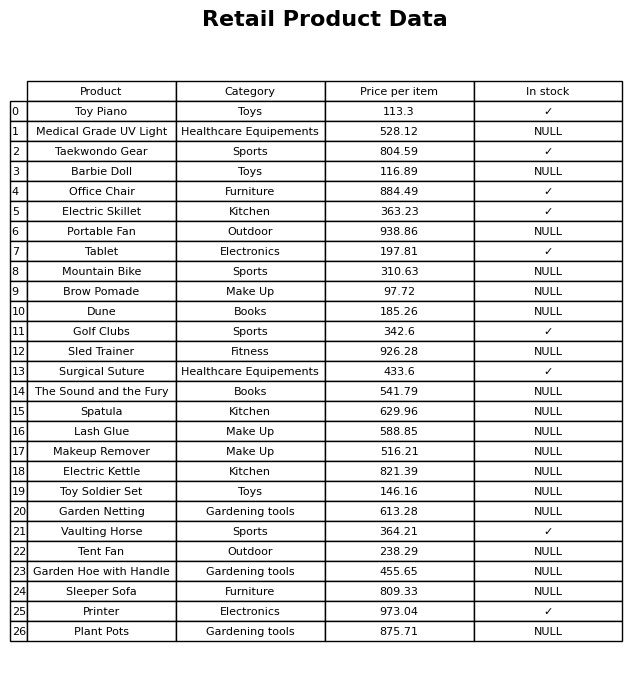
question: What is the stock status of the Printer?
answer: ✓